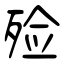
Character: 殓